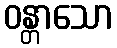
ဝန္တာသော